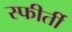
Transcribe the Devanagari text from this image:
स्फीर्ती